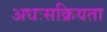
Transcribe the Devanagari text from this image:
अधःसक्रियता